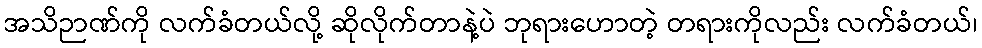
အသိဉာဏ်ကို လက်ခံတယ်လို့ ဆိုလိုက်တာနဲ့ပဲ ဘုရားဟောတဲ့ တရားကိုလည်း လက်ခံတယ်၊